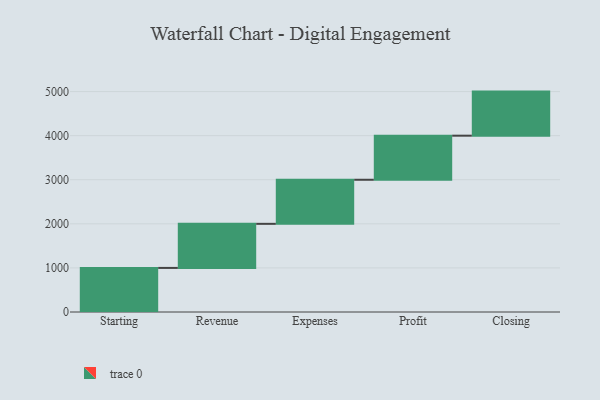
{"axis": {"x": "Step", "y": "Value"}, "legend": [""], "data": [{"x": "Starting", "y": 1000, "type": ""}, {"x": "Revenue", "y": 1000, "type": ""}, {"x": "Expenses", "y": 1000, "type": ""}, {"x": "Profit", "y": 1000, "type": ""}, {"x": "Closing", "y": 1000, "type": ""}]}